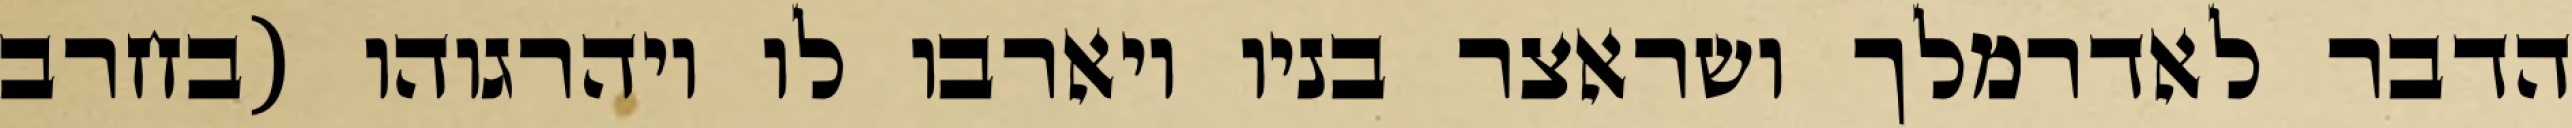
הדבר לאדרמלך ושראצר בניו ויארבו לו ויהרגוהו (בחרב